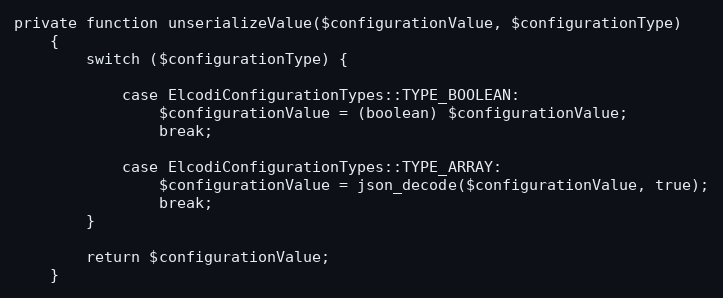
Language: PHP
private function unserializeValue($configurationValue, $configurationType)
    {
        switch ($configurationType) {

            case ElcodiConfigurationTypes::TYPE_BOOLEAN:
                $configurationValue = (boolean) $configurationValue;
                break;

            case ElcodiConfigurationTypes::TYPE_ARRAY:
                $configurationValue = json_decode($configurationValue, true);
                break;
        }

        return $configurationValue;
    }